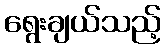
ရွေးချယ်သည့်